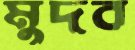
মুদব